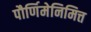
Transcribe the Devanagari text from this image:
पौर्णिमेनिमित्त